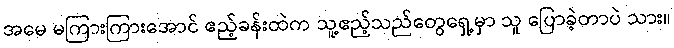
အမေ မကြားကြားအောင် ဧည့်ခန်းထဲက သူ့ဧည့်သည်တွေရှေ့မှာ သူ ပြောခဲ့တာပဲ သား။